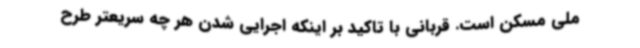
ملی مسکن است. قربانی با تاکید بر اینکه اجرایی شدن هر چه سریعتر طرح